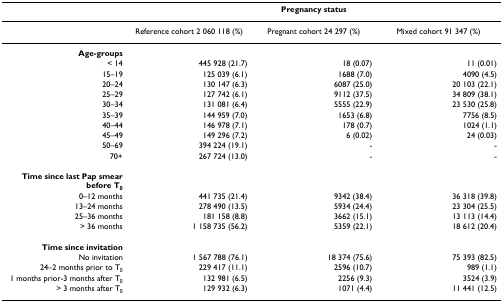
<table><thead><tr><td></td><td colspan="3"><b>Pregnancy status</b></td></tr></thead><tbody><tr><td></td><td>Reference cohort 2 060 118 (%)</td><td>Pregnant cohort 24 297 (%)</td><td>Mixed cohort 91 347 (%)</td></tr><tr><td><b>Age-groups</b></td><td></td><td></td><td></td></tr><tr><td>&lt; 14</td><td>445 928 (21.7)</td><td>18 (0.07)</td><td>11 (0.01)</td></tr><tr><td>15–19</td><td>125 039 (6.1)</td><td>1688 (7.0)</td><td>4090 (4.5)</td></tr><tr><td>20–24</td><td>130 147 (6.3)</td><td>6087 (25.0)</td><td>20 103 (22.1)</td></tr><tr><td>25–29</td><td>127 742 (6.1)</td><td>9112 (37.5)</td><td>34 809 (38.1)</td></tr><tr><td>30–34</td><td>131 081 (6.4)</td><td>5555 (22.9)</td><td>23 530 (25.8)</td></tr><tr><td>35–39</td><td>144 959 (7.0)</td><td>1653 (6.8)</td><td>7756 (8.5)</td></tr><tr><td>40–44</td><td>146 978 (7.1)</td><td>178 (0.7)</td><td>1024 (1.1)</td></tr><tr><td>45–49</td><td>149 296 (7.2)</td><td>6 (0.02)</td><td>24 (0.03)</td></tr><tr><td>50–69</td><td>394 224 (19.1)</td><td>-</td><td>-</td></tr><tr><td>70+</td><td>267 724 (13.0)</td><td>-</td><td>-</td></tr><tr><td><b>Time since last Pap smear before T</b><sub><b>0</b></sub></td><td></td><td></td><td></td></tr><tr><td>0–12 months</td><td>441 735 (21.4)</td><td>9342 (38.4)</td><td>36 318 (39.8)</td></tr><tr><td>13–24 months</td><td>278 490 (13.5)</td><td>5934 (24.4)</td><td>23 304 (25.5)</td></tr><tr><td>25–36 months</td><td>181 158 (8.8)</td><td>3662 (15.1)</td><td>13 113 (14.4)</td></tr><tr><td>&gt; 36 months</td><td>1 158 735 (56.2)</td><td>5359 (22.1)</td><td>18 612 (20.4)</td></tr><tr><td><b>Time since invitation</b></td><td></td><td></td><td></td></tr><tr><td>No invitation</td><td>1 567 788 (76.1)</td><td>18 374 (75.6)</td><td>75 393 (82.5)</td></tr><tr><td>24–2 months prior to T<sub>0</sub></td><td>229 417 (11.1)</td><td>2596 (10.7)</td><td>989 (1.1)</td></tr><tr><td>1 months prior-3 months after T<sub>0</sub></td><td>132 981 (6.5)</td><td>2256 (9.3)</td><td>3524 (3.9)</td></tr><tr><td>&gt; 3 months after T<sub>0</sub></td><td>129 932 (6.3)</td><td>1071 (4.4)</td><td>11 441 (12.5)</td></tr></tbody></table>